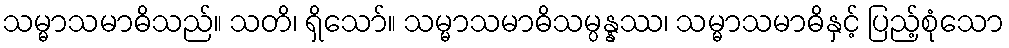
သမ္မာသမာဓိသည်။ သတိ၊ ရှိသော်။ သမ္မာသမာဓိသမ္ပန္နဿ၊ သမ္မာသမာဓိနှင့် ပြည့်စုံသော